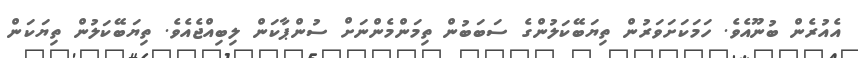
އެއުރެން ބުނޫއެވެ. ހަމަކަށަވަރުން ތިޔަބޭކަލުންގެ ސަބަބުން ތިމަންމެންނަށް ސުންޕާކަން ލިބިއްޖެއެވެ. ތިޔަބޭކަލުން ތިޔަކަން